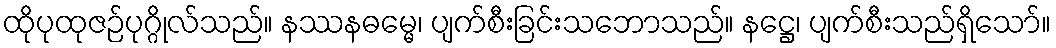
ထိုပုထုဇဉ်ပုဂ္ဂိုလ်သည်။ နဿနဓမ္မေ၊ ပျက်စီးခြင်းသဘောသည်။ နဋ္ဌေ၊ ပျက်စီးသည်ရှိသော်။